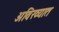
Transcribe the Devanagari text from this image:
अविख्यात